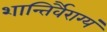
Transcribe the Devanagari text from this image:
शान्तिर्वैराग्यं